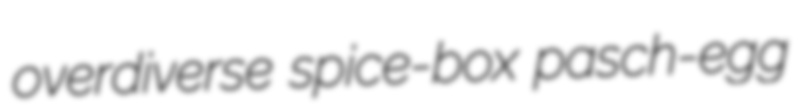
overdiverse spice-box pasch-egg